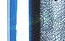
ليست